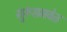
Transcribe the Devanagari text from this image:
गुरूंसमवेत